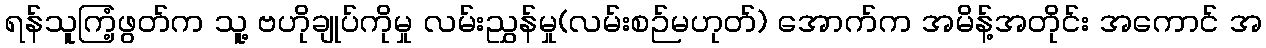
ရန်သူကြံ့ဖွတ်က သူ့ ဗဟိုချုပ်ကိုမှု လမ်းညွှန်မှု(လမ်းစဉ်မဟုတ်) အောက်က အမိန့်အတိုင်း အကောင် အ